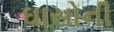
ઘાસોની